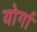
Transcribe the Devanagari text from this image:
योर्गा